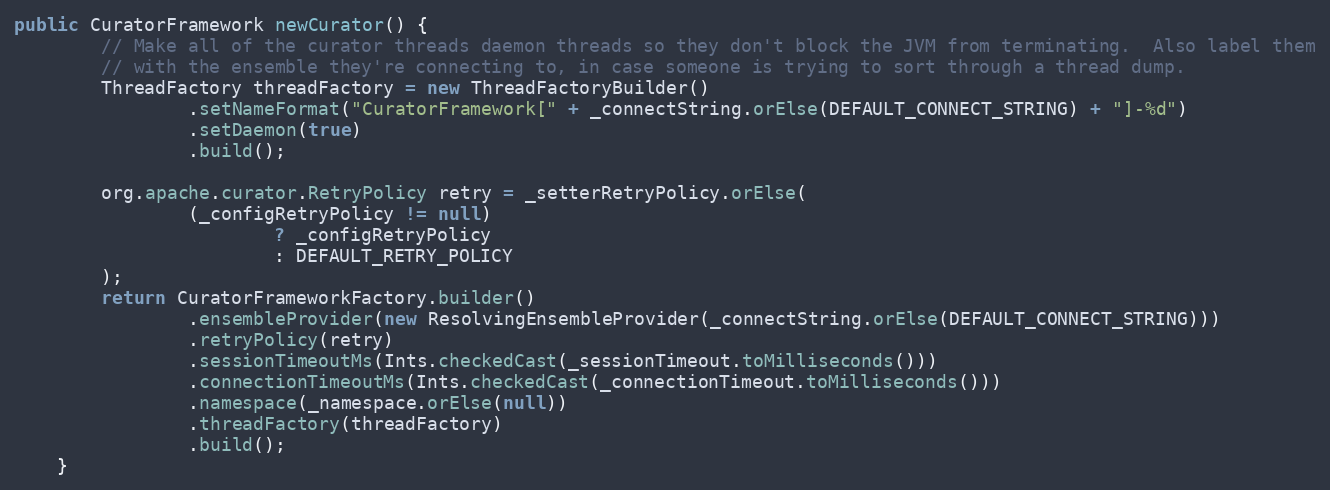
Language: Java
public CuratorFramework newCurator() {
        // Make all of the curator threads daemon threads so they don't block the JVM from terminating.  Also label them
        // with the ensemble they're connecting to, in case someone is trying to sort through a thread dump.
        ThreadFactory threadFactory = new ThreadFactoryBuilder()
                .setNameFormat("CuratorFramework[" + _connectString.orElse(DEFAULT_CONNECT_STRING) + "]-%d")
                .setDaemon(true)
                .build();

        org.apache.curator.RetryPolicy retry = _setterRetryPolicy.orElse(
                (_configRetryPolicy != null)
                        ? _configRetryPolicy
                        : DEFAULT_RETRY_POLICY
        );
        return CuratorFrameworkFactory.builder()
                .ensembleProvider(new ResolvingEnsembleProvider(_connectString.orElse(DEFAULT_CONNECT_STRING)))
                .retryPolicy(retry)
                .sessionTimeoutMs(Ints.checkedCast(_sessionTimeout.toMilliseconds()))
                .connectionTimeoutMs(Ints.checkedCast(_connectionTimeout.toMilliseconds()))
                .namespace(_namespace.orElse(null))
                .threadFactory(threadFactory)
                .build();
    }